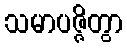
သမာပဇ္ဇိတွာ